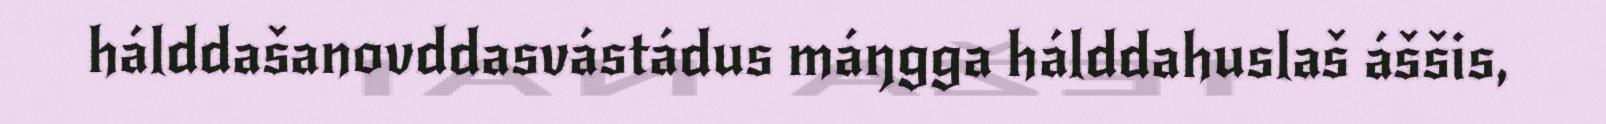
hálddašanovddasvástádus máŋgga hálddahuslaš áššis,